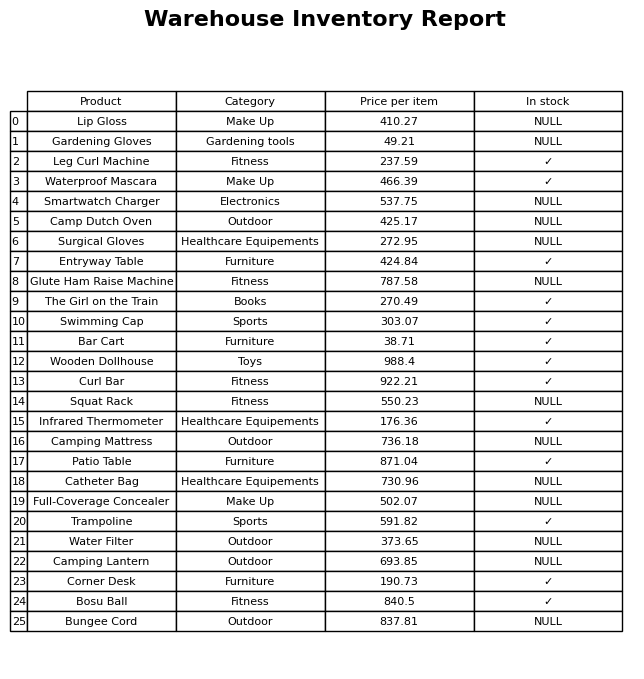
question: Is the Camp Dutch Oven in stock?
answer: NULL